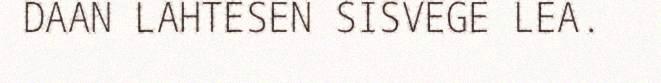
DAAN LAHTESEN SISVEGE LEA.